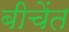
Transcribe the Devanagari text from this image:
बीचेंत